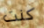
كنت